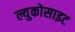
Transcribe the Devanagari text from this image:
ल्युकोसाइट